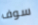
سوف